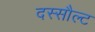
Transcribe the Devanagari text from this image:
दस्सौल्ट